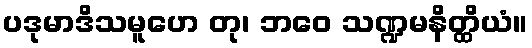
ပဒုမာဒိသမူဟေ တု၊ ဘဝေ သဏ္ဍမနိတ္ထိယံ။